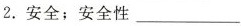
2. 安全；安全性___